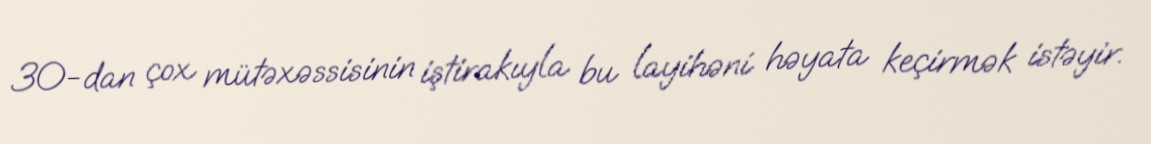
30-dan çox mütəxəssisinin iştirakıyla bu layihəni həyata keçirmək istəyir.